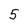
Character: 5